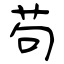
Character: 茍